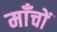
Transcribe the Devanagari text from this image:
माँचों